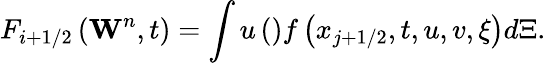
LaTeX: {{F}_{i+1/2}}\left({{\mathbf{W}}^{n}},t\right)=\int{u\left(\begin{array}{rl}\end{array}\right)f\left({{x}_{j+1/2}},t,u,v,\xi\right)d\Xi.}